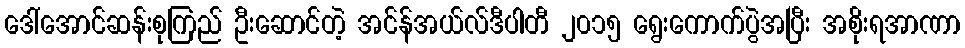
ဒေါ်အောင်ဆန်းစုကြည် ဦးဆောင်တဲ့ အင်န်အယ်လ်ဒီပါတီ ၂၀၁၅ ရွေးကောက်ပွဲအပြီး အစိုးရအာဏာ